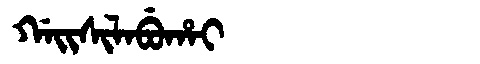
Manchu: ᡤᠠᡳᠰᡳᠯᠠᠪᡠᡥᠠᡳ
Romanization: GAISILABUHAI